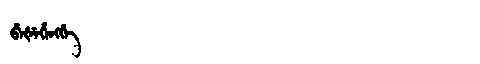
Manchu: ᠪᡝᡧᡝᡥᡝᠩᡤᡝ
Romanization: BEŠEHENGGE